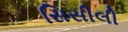
સિસીલી